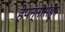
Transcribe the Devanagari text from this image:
हेपन्नासहून